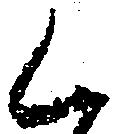
く